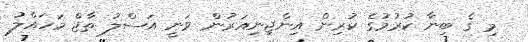
މި ގެ ބިނާ ކުރުމުގެ ކުރިން އިންޖިނިއަރުން ވަނީ އަސްލު ތާޖް މަހައްލު